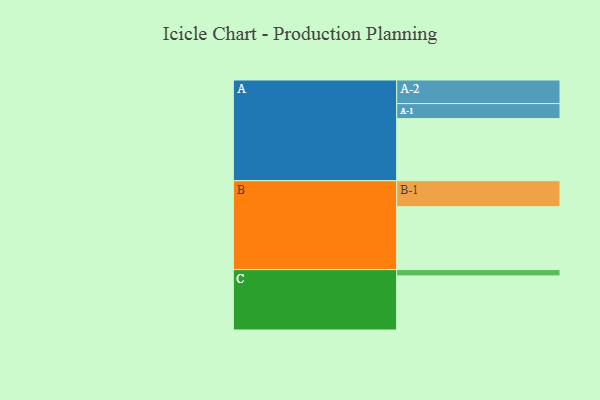
{"axis": {"x": "Segment", "y": "Value"}, "legend": ["", "A", "B", "C"], "data": [{"x": "A", "y": 582, "type": ""}, {"x": "B", "y": 589, "type": ""}, {"x": "C", "y": 507, "type": ""}, {"x": "A-1", "y": 141, "type": "A"}, {"x": "A-2", "y": 221, "type": "A"}, {"x": "B-1", "y": 244, "type": "B"}, {"x": "C-1", "y": 59, "type": "C"}]}